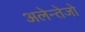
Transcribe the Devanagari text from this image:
अलेन्तेजो